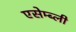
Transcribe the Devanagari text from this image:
एसेम्ब्ली